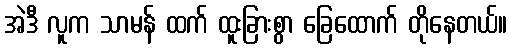
အဲဒီ လူက သာမန် ထက် ထူးခြားစွာ ခြေထောက် တိုနေတယ်။